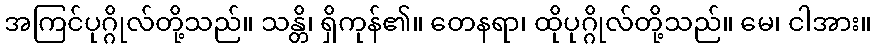
အကြင်ပုဂ္ဂိုလ်တို့သည်။ သန္တိ၊ ရှိကုန်၏။ တေနရာ၊ ထိုပုဂ္ဂိုလ်တို့သည်။ မေ၊ ငါအား။